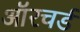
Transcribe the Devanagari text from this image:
ऑरचर्ड